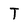
Character: T